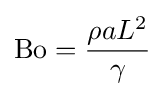
\mathrm {Bo} ={\frac {\rho aL^{2}}{\gamma }}